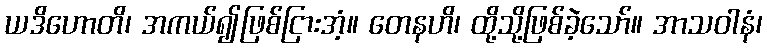
ယဒိဟောတိ၊ အကယ်၍ဖြစ်ငြားအံ့။ တေနဟိ၊ ထို့သို့ဖြစ်ခဲ့သော်။ အာသဝါနံ၊